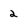
Character: 2